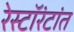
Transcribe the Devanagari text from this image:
रेस्टॉरंटांत